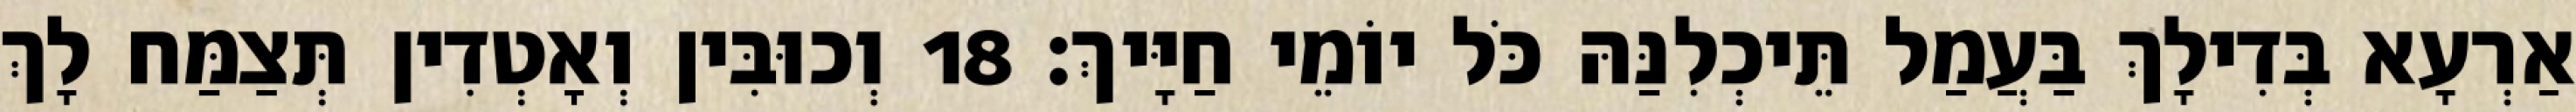
אַרְעָא בְּדִילָךְ בַּעֲמַל תֵּיכְלִנַּהּ כֹּל יוֹמֵי חַיָּיךְ׃ 18 וְכוּבִּין וְאָטְדִין תְּצַמַּח לָךְ